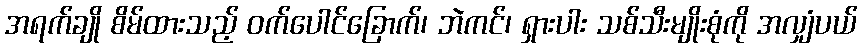
အရက်ချို စိမ်ထားသည့် ဝက်ပေါင်ခြောက်၊ ဘဲကင်၊ ရှားပါး သစ်သီးမျိုးစုံကို အလျှံပယ်